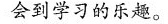
会到学习的乐趣。